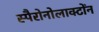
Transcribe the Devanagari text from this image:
स्पैरोनोलाक्टोंन